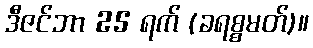
ဒီဇင်ဘာ 25 ရက် (ခရစ္စမတ်)။